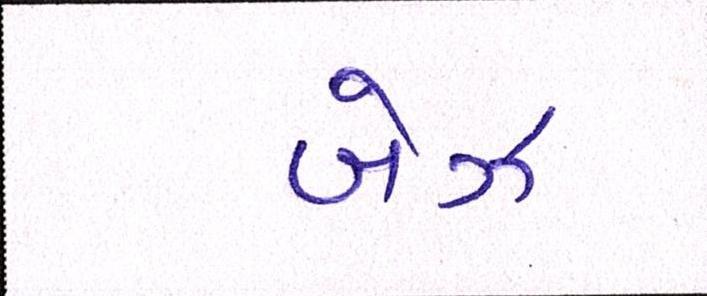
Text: બેઝ